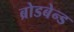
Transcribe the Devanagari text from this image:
ब्रोडबेन्ड